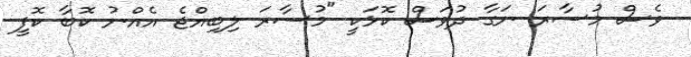
ވެސް މުސާރަ ނަގާ ދުވަސް ކޮޅަކީ "މުސާރަ ލިބިއްޖެ އެއްނު ކޮބާ ކޮފީ